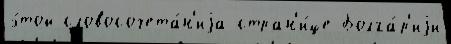
э́той словосочета́н'иjа стран'и́це Болга́р'иjи